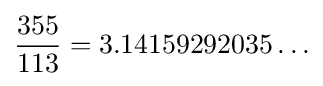
{\frac {355}{113}}=3.14159292035\ldots